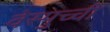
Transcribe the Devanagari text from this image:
वेस्पुच्ची